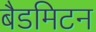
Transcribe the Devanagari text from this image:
बैडमिटन